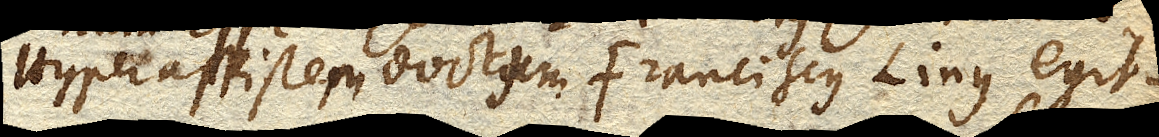
Hyperaspistem doctum Franciscus Linus egit.